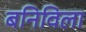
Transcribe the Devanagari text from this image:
बनिविला